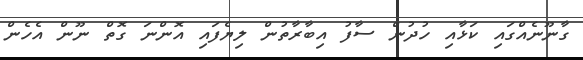
ގާނޫނެއްގައި ކަޅާއި ހުދުން ސާފު އިބާރާތުން ލިޔެފައި އޮންނަ ގޮތް ނޫން އެހެން